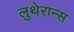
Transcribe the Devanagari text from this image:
लुथेरान्स